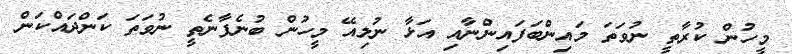
މީހުން ކުރާތީ ނުވަތަ މައިންބަފައިންނާއި އަޅާ ނުލިއޭ މީހުން ބުނެފާނެތީ ނުވަތަ ކަންދައްކަން